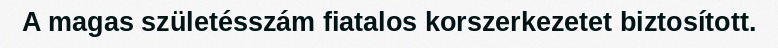
A magas születésszám fiatalos korszerkezetet biztosított.